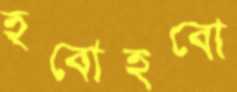
হবোহবো